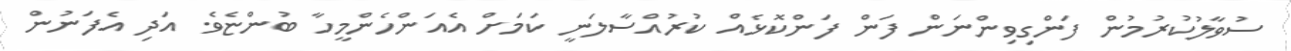
ސުވާލުކުރުމުން ފަންގިވިންނަން ފަން ފަންކޮޅެއް ކުރުއްސާލަނީ ކަމަށް އެއަންހެންމީހާ ބުންޏެވެ. އަދި އެފަނުން